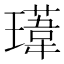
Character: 𭺁